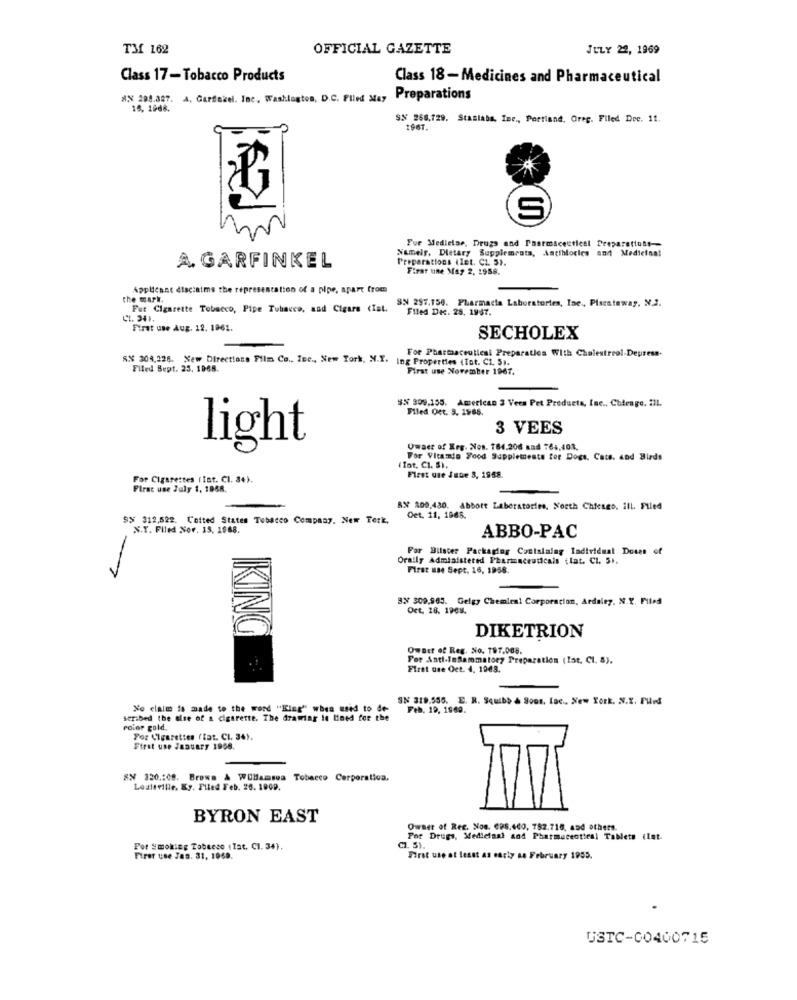
TM 162
OFFICIAL GAZETTE
JULY 22, 1969
Class 17-Tobacco Products
Class 18-Medicines and Pharmaceutical
#X 208.387. A. Gardezel. Inc, Washington, D.C. Filed May
Preparations
15, 1668.
9.N 256,729. Staslabs, Inc ., Portland, Orec. Filed Dre. 11.
1967.
S
For Medielse, Drugs and Pharmaceutical Preparations-
Namely, Dietary Supplemrats, Antibiotics and Medicinal
Preparations (let. CZ. 51.
A GARFINKEL
Firar une May 2, 1958.
Applicant disclaims the representation of a pipe, apart from
the mark
SN 297.156. Pharmacia Laboratories, Inc ., Placateway, N.J.
Fut Cigarette Tobacco, Pipe Tobacco, and Cigars (Ist.
Filed Dec. 28. 1967.
First use Aug. 12. 1961.
SECHOLEX
For Pharmaceutical Preparaties With Chalestreol-Depress.
SX 304,226. New Directions Film Co ., Inc ., New York, N.I. Ing Properties (Tot. C1. 51.
Filed Sept. 25, 1968.
First use November 1967.
#X 309.155. American 3 Vees Pet Products, Inc ., Chteage. 21L.
Filed Oct. 5. 1968.
3 VEES
light
Uwaer of Ers. Non. 784.206 nad 764,408.
For Vitamin Food Supplements for Dogs, Cats. and Birds
( fot, CI. 5).
For Cigarettes (Int. CI. 34).
First use June 3, 1968.
First use July 1, 1968.
SN 209,430. Abbott Laboratories, North Chicago, ill. Filed
95 312,522. Cetted States Tobacco Company. New Terk,
Det, 11, 1968.
N.T. Filed Nov. 15, 1988.
ABBO-PAC
For Bilater Packaging Contalalag Individual Doses of
Orally Administered Pharmaceuticals ttat. Cl. 51.
First use Sept. 16, 1958.
3.X 309.965. Gelgy Chemien! Corporacion, Ardaley, N.Y. Filed
Oct. 28. 1968.
IKING
DIKETRION
Owner of Reg. No. 197.008.
For Anti-Inflammatory Preparation (lat. Cl. 8).
Fizet une Oct. 4. 1943.
SN 319.555. E. R. Squibb & Sons, Lac ., New York. N.X. Filed
No claim is made to the word "King" when used to de-
Feb. 19, 1960.
scribed the else of a cigarette. The drawing io tined for the
color gold.
For Cigarettes (tat. Cl. 34).
First use January 1958.
8X 320 .: 08. Browa & WUHamsua Tobacco Corporation.
Loaltville, Ky. Plted Feb. 26. 1009.
BYRON EAST
Owner of Rec. Non. CPS.400, 782.716, and others.
Por Drugs, Medicinal and Pharmaceutical Tablets (let.
Por Smoking Tobacco (Tat. Cl. 34).
C1. 5).
First use Jen. 31, 1969.
Pirat use at least as early as February 1955.
USTC-00400715